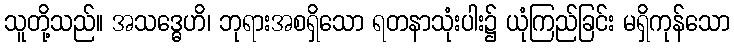
သူတို့သည်။ အသဒ္ဓေဟိ၊ ဘုရားအစရှိသော ရတနာသုံးပါး၌ ယုံကြည်ခြင်း မရှိကုန်သော